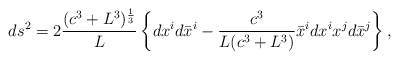
\begin{align*}ds^2 = 2\frac{(c^3+L^3)^{\frac13}}L\left\{dx^id\bar x^i -\frac{c^3}{L(c^3+L^3)}\bar x^idx^i x^jd\bar x^j\right\},\end{align*}